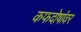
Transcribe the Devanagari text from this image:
कफदोषांवर